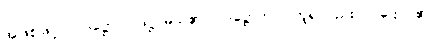
အဖြစ်ဖြင့်။ ပါဒဋ္ဌော၊ ပါဒဋ္ဌ မည်၏။ ပဒဋ္ဌောတိပိ၊ ဟူ၍လည်း။ ပါဌော၊ ၏။